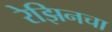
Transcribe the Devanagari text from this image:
रेझिनचा